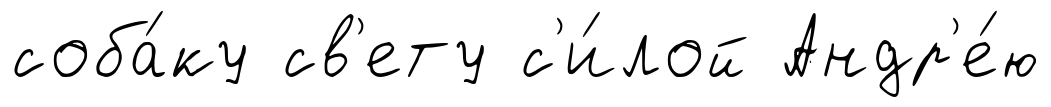
соба́ку св'ету с'и́лой Андр'е́ю